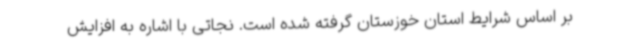
بر اساس شرایط استان خوزستان گرفته شده است. نجاتی با اشاره به افزایش